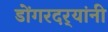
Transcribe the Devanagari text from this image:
डोंगरदर्‍यांनी